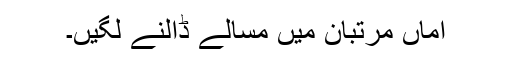
اماں مرتبان میں مسالے ڈالنے لگیں۔